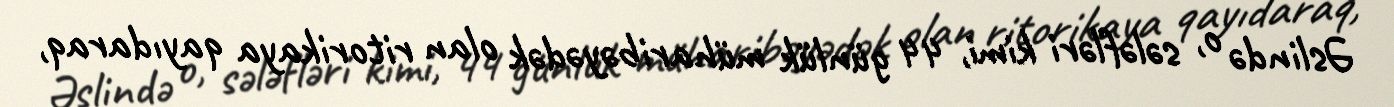
Əslində o, sələfləri kimi, 44 günlük müharibəyədək olan ritorikaya qayıdaraq,